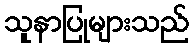
သူနာပြုများသည်